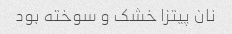
نان پیتزا خشک ‌و سوخته بود